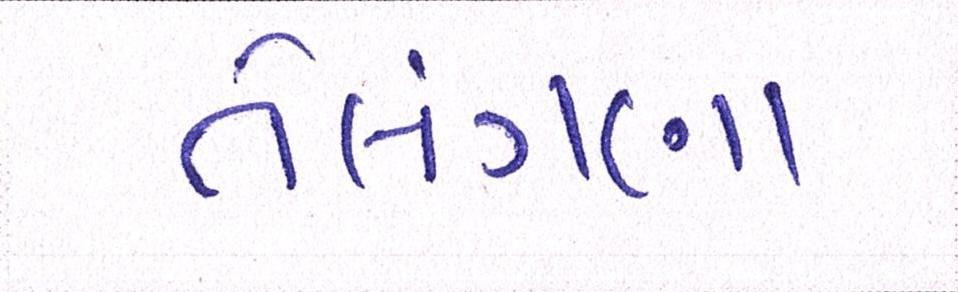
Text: તેલંગણા